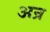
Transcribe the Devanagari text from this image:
अन्र